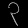
Digit: ၃